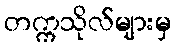
တက္ကသိုလ်များမှ